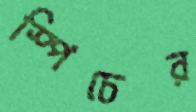
স্পিচের